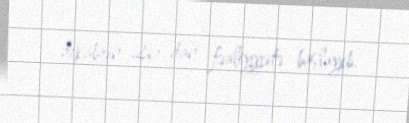
dekabrın 26-dan fəaliyyətə başlayıb.